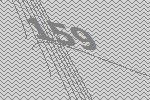
159